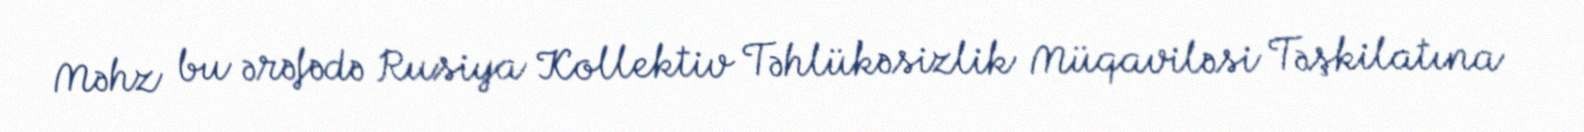
Məhz bu ərəfədə Rusiya Kollektiv Təhlükəsizlik Müqaviləsi Təşkilatına